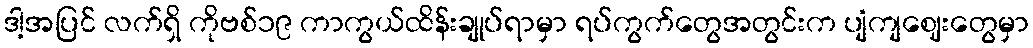
ဒါ့အပြင် လက်ရှိ ကိုဗစ်၁၉ ကာကွယ်ထိန်းချုပ်ရာမှာ ရပ်ကွက်တွေအတွင်းက ပျံကျဈေးတွေမှာ